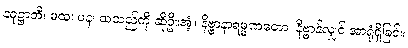
နဝုဋ္ဌာတိ၊ မထ၊ ပန၊ ထသည်ကို ဆိုဦးအံ့။ နိဗ္ဗာနာရမ္မဏတော၊ နိဗ္ဗာန်လျှင် အာရုံရှိခြင်း